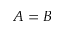
A = B